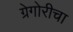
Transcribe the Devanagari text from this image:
ग्रेगोरीचा